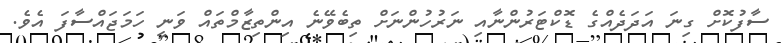
ސާފުކޮށް ގިނަ އަދަދެއްގެ ޑޮކްޓަރުންނާއި ނަރުހުންނަށް ތިބެވޭނެ އިންތިޒާމްތައް ވަނީ ހަމަޖައްސާފަ އެވެ.